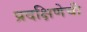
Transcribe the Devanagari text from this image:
प्रदक्षिणेची